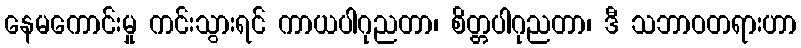
နေမကောင်းမှု ကင်းသွားရင် ကာယပါဂုညတာ၊ စိတ္တပါဂုညတာ၊ ဒီ သဘာဝတရားဟာ